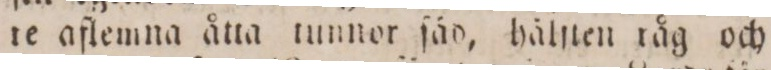
re aflemna åtta tunnor fäd, hälſten råg och